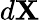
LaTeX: d\mathbf{X}